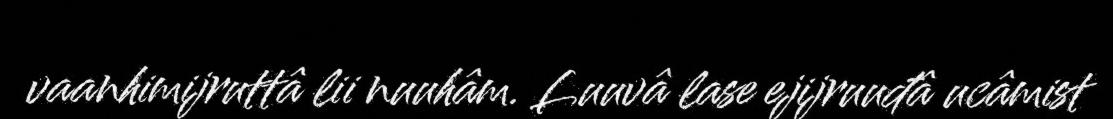
vaanhimijruttâ lii nuuhâm. Luuvâ lase ejijruuđâ ucâmist